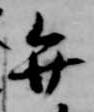
弁